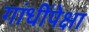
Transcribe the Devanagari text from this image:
गांधींपेक्षा